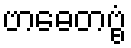
ဗာဓေတဗ္ဗံ